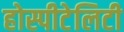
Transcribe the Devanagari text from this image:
होस्पीटेलिटी